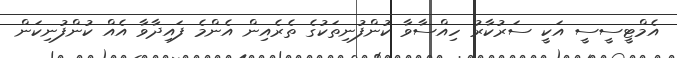
އެމްޓީސީސީ އަކީ ސަރުކާރު ހިއްސާވާ ކުންފުނިތަކުގެ ތެރެއިން އެންމެ ފައިދާވާ އެއް ކުންފުނިކަން